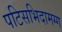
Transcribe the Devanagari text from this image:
पटिसभिदामग्ग